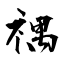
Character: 禑